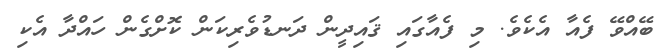
ބޭއްވޭ ފެއާ އެކެވެ. މި ފެއާގައި ޤައިދީން ދަނޑުވެރިކަން ކޮށްގެން ހައްދާ އެކި